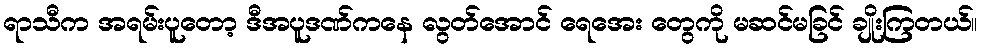
ရာသီက အရမ်းပူတော့ ဒီအပူဒဏ်ကနေ လွတ်အောင် ရေအေး တွေကို မဆင်မခြင် ချိုးကြတယ်။